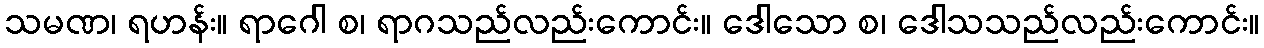
သမဏ၊ ရဟန်း။ ရာဂေါ စ၊ ရာဂသည်လည်းကောင်း။ ဒေါသော စ၊ ဒေါသသည်လည်းကောင်း။